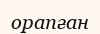
орапған